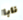
نابا